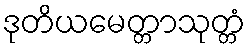
ဒုတိယမေတ္တာသုတ္တံ